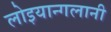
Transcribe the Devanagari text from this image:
लोइयान्गलानी